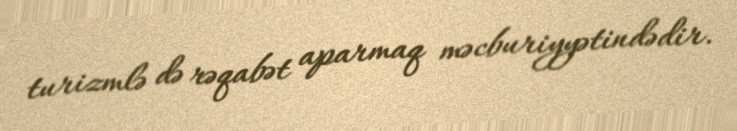
turizmlə də rəqabət aparmaq məcburiyyətindədir.